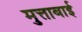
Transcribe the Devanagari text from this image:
मुत्ताबाई